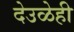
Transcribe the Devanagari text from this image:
देउळेही